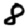
Digit: 8